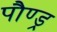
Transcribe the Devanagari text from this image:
पौण्ड्र